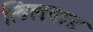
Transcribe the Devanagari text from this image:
खिलवाड